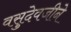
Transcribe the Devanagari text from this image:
वसुदेवजीने